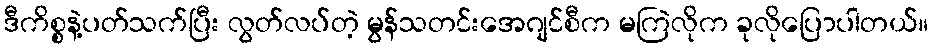
ဒီကိစ္စနဲ့ပတ်သက်ပြီး လွတ်လပ်တဲ့ မွန်သတင်းအေဂျင်စီက မကြဲလိုက ခုလိုပြောပါတယ်။